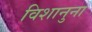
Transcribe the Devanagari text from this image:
विशानुना